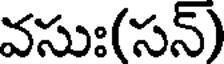
వసుః(సన్)